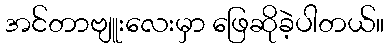
အင်တာဗျူးလေးမှာ ဖြေဆိုခဲ့ပါတယ်။